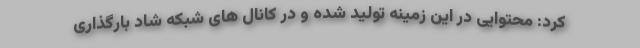
کرد: محتوایی در این زمینه تولید شده و در کانال های شبکه شاد بارگذاری